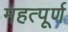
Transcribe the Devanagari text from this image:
महत्‍पूर्ण